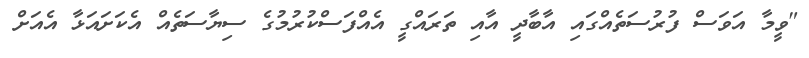
"ވީމާ އަވަސް ފުރުސަތެއްގައި އާބާދީ އާއި ތަރައްގީ އެއްފަސްކުރުމުގެ ސިޔާސަތެއް އެކަށައަޅާ އެއަށް